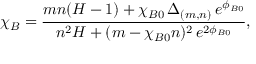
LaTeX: \chi _ { B } = \frac { m n ( H - 1 ) + \chi _ { B 0 } \, \Delta _ { ( m , n ) } \, e ^ { \phi _ { B 0 } } } { n ^ { 2 } H + ( m - \chi _ { B 0 } n ) ^ { 2 } \, e ^ { 2 \phi _ { B 0 } } } ,